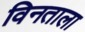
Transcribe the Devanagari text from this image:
विनताला